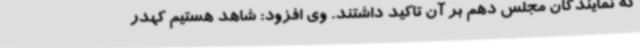
که نمایندگان مجلس دهم بر آن تاکید داشتند. وی افزود: شاهد هستیم کهدر